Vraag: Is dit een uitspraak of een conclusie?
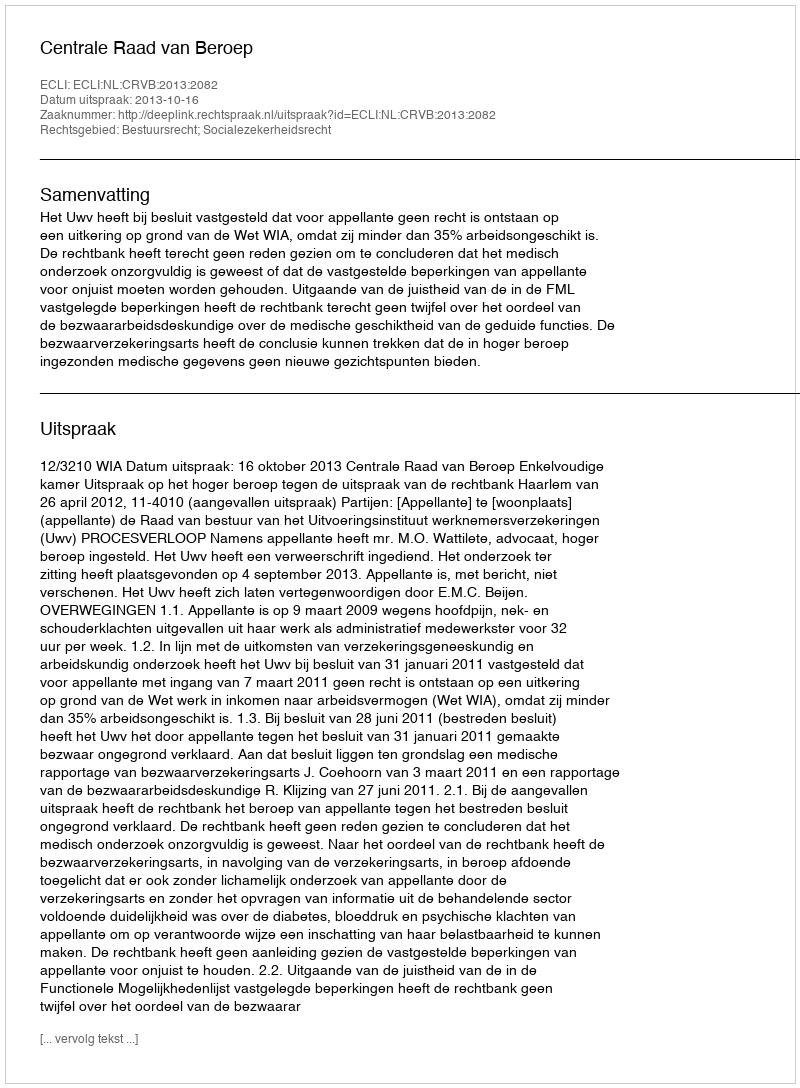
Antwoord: Uitspraak